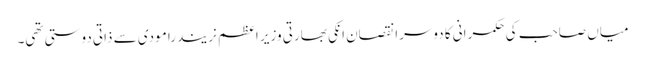
میاں صاحب کی حکمرانی کا دوسرا نقصان انکی بھارتی وزیر اعظم نریندرا مودی سے ذاتی دوستی تھی۔